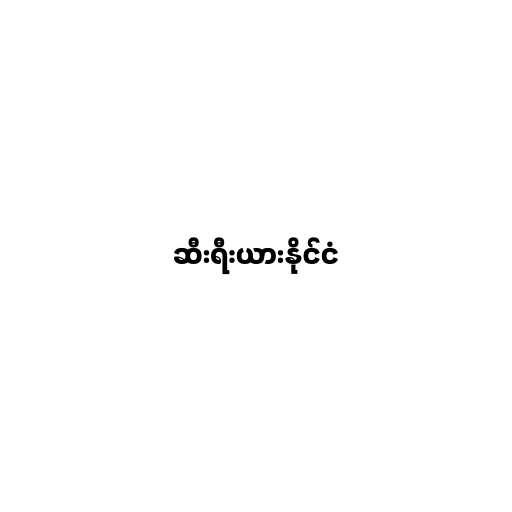
ဆီးရီးယားနိုင်ငံ